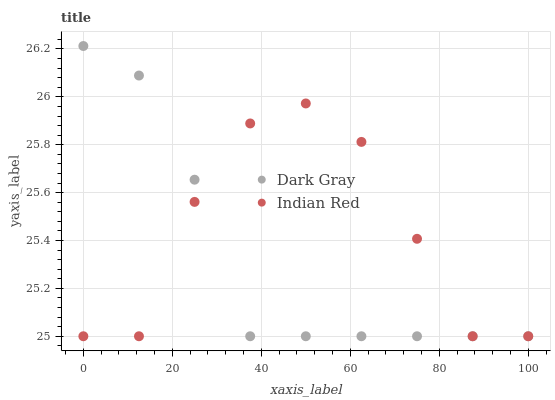
| xaxis_label | Dark Gray | Indian Red |
 | --- | --- | --- |
 | 0 | 26.2 | 25 |
 | 12.5 | 26.1 | 25 |
 | 25 | 25.7 | 25.6 |
 | 37.5 | 25 | 25.9 |
 | 50 | 25 | 26 |
 | 62.5 | 25 | 25.8 |
 | 75 | 25 | 25.4 |
 | 87.5 | 25 | 25 |
 | 100 | 25 | 25 |